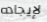
لإيجاده